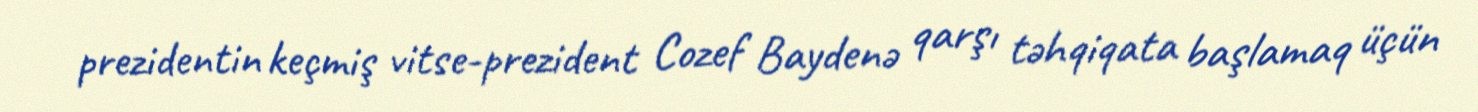
prezidentin keçmiş vitse-prezident Cozef Baydenə qarşı təhqiqata başlamaq üçün